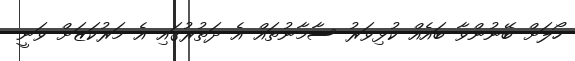
ހޯލަށް ބޭނުންވާ ބައެއް ކުޅިވަރު ސާމާނުތައް އެ ދަތުރުގައި އެ މަރުކަޒަށް ވަނީ